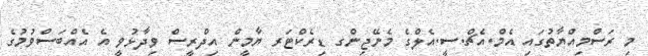
މި ރަސްމިއްޔާތުގައި އެމް.އެޗް.ސީ.އެލްގެ މެނޭޖިންގ ޑިރެކްޓަރ ޔާމީން އިދްރީސް ވިދާޅުވީ އެ އެއްބަސްވުމުގެ